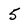
Character: 5